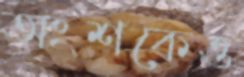
অংশকেও